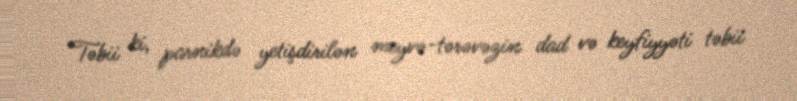
Təbii ki, parnikdə yetişdirilən meyvə-tərəvəzin dad və keyfiyyəti təbii